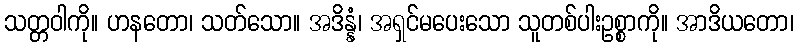
သတ္တဝါကို။ ဟနတော၊ သတ်သော။ အဒိန္နံ၊ အရှင်မပေးသော သူတစ်ပါးဥစ္စာကို။ အာဒိယတော၊